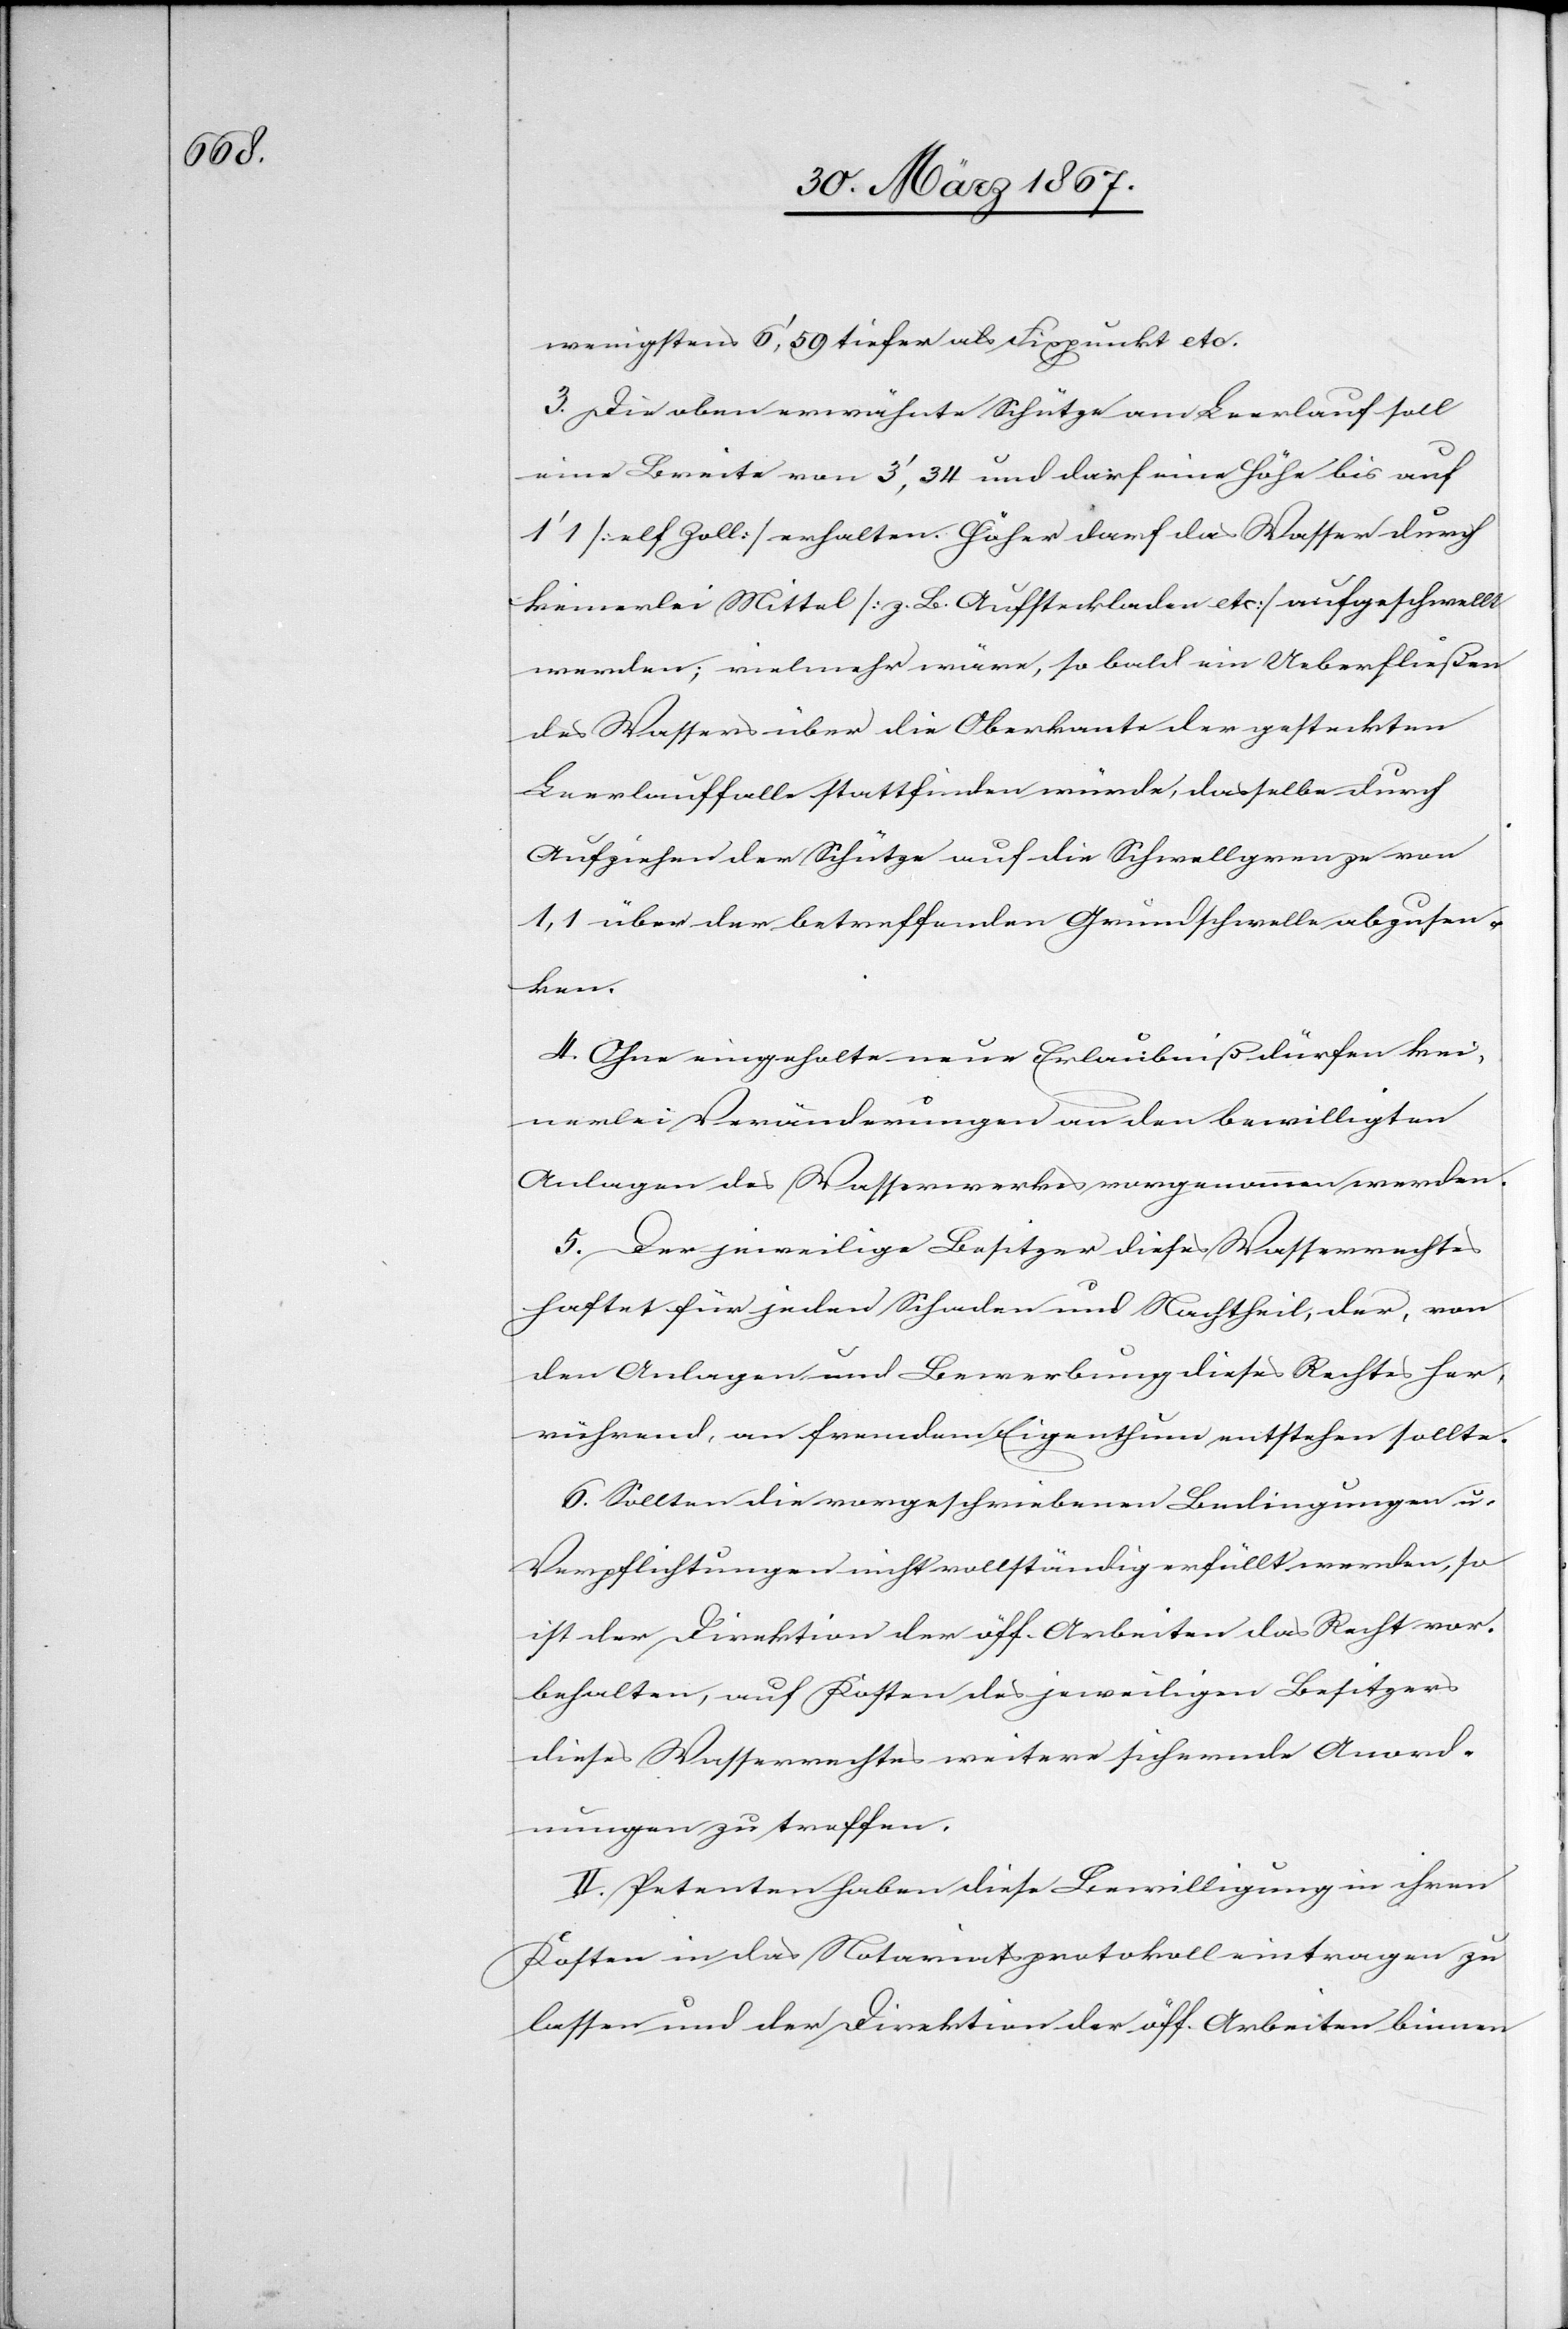
wenigstens 6’,59 tiefer als Fixpunkt etc.
3.	Die oben erwähnte Schütze am Leerlauf soll
eine Breite von 3’,34 und darf eine Höhe bis auf
1’1 [elf Zoll] erhalten. Höher darf das Wasser durch
keinerlei Mittel [z. B. Aufsteckladen etc] aufgeschwellt
werden; vielmehr wäre, so bald ein Ueberfließen
des Wassers über die Oberkante der gesteckten
Leerlauffalle stattfinden würde, dasselbe durch
Aufziehen der Schütze auf die Schwellgrenze von
1,1 über der betreffenden Grundschwelle abzusen¬
ken.
4.	Ohne eingeholte neue Erlaubniß dürfen kei¬
nerlei Veränderungen an den bewilligten
Anlagen des Wasserwerkes vorgenommen werden.
5.	Der jeweilige Besitzer dieses Wasserrechtes
haftet für jeden Schaden und Nachtheil, der, von
den Anlagen und Bewerbung dieses Rechtes her¬
rührend, an fremdem Eigenthum entstehen sollte.
6.	Sollten die vorgeschriebenen Bedingungen u.
Verpflichtungen nicht vollständig erfüllt werden, so
ist der Direktion der öff. Arbeiten das Recht vor¬
behalten, auf Kosten des jeweiligen Besitzers
dieses Wasserrechtes weitere sichernde Anord¬
nungen zu treffen.
II. Petenten haben diese Bewilligung in ihren
Kosten in das Notariatsprotokoll eintragen zu
lassen und der Direktion der öff. Arbeiten binnen